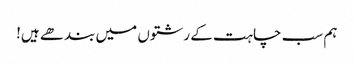
ہم سب چاہت کے رشتوں میں بندھے ہیں!